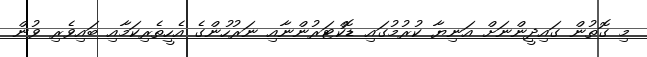
މި ގޮތުން ގައިދީންނަށް އަނިޔާ ކުރުމުގައި ޑޮކްޓަރުންނާއި ނަރުހުންގެ އެހީތެރިކަމާއި ބައިވެރި ވުން